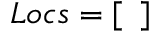
L o c s = [ \phantom { a } ]